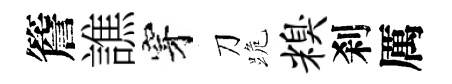
簷譙穿刀跪糗刹厲